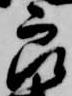
郎